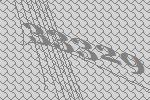
33329